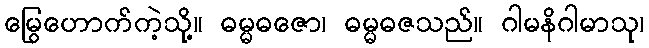
မြွေဟောက်ကဲ့သို့။ ဓမ္မဓဇော၊ ဓမ္မဓဇသည်။ ဂါမနိဂါမာသု၊